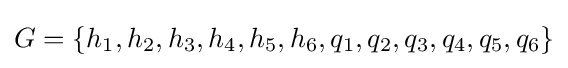
G=\{h_{1},h_{2},h_{3},h_{4},h_{5},h_{6},q_{1},q_{2},q_{3},q_{4},q_{5},q_{6}\}